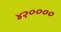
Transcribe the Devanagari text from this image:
४२००००